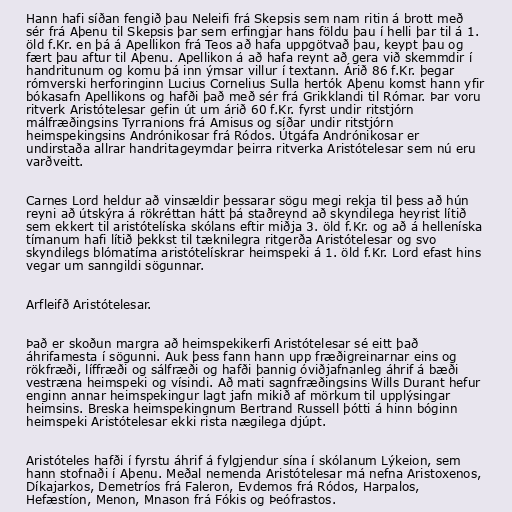
Hann hafi síðan fengið þau Neleifi frá Skepsis sem nam ritin á brott með
sér frá Aþenu til Skepsis þar sem erfingjar hans földu þau í helli þar til á 1.
öld f.Kr. en þá á Apellikon frá Teos að hafa uppgötvað þau, keypt þau og
fært þau aftur til Aþenu. Apellikon á að hafa reynt að gera við skemmdir í
handritunum og komu þá inn ýmsar villur í textann. Árið 86 f.Kr. þegar
rómverski herforinginn Lucius Cornelius Sulla hertók Aþenu komst hann yfir
bókasafn Apellikons og hafði það með sér frá Grikklandi til Rómar. Þar voru
ritverk Aristótelesar gefin út um árið 60 f.Kr. fyrst undir ritstjórn
málfræðingsins Tyrranions frá Amisus og síðar undir ritstjórn
heimspekingsins Andrónikosar frá Ródos. Útgáfa Andrónikosar er
undirstaða allrar handritageymdar þeirra ritverka Aristótelesar sem nú eru
varðveitt.

Carnes Lord heldur að vinsældir þessarar sögu megi rekja til þess að hún
reyni að útskýra á rökréttan hátt þá staðreynd að skyndilega heyrist lítið
sem ekkert til aristótelíska skólans eftir miðja 3. öld f.Kr. og að á helleníska
tímanum hafi lítið þekkst til tæknilegra ritgerða Aristótelesar og svo
skyndilegs blómatíma aristótelískrar heimspeki á 1. öld f.Kr. Lord efast hins
vegar um sanngildi sögunnar.

Arfleifð Aristótelesar.

Það er skoðun margra að heimspekikerfi Aristótelesar sé eitt það
áhrifamesta í sögunni. Auk þess fann hann upp fræðigreinarnar eins og
rökfræði, líffræði og sálfræði og hafði þannig óviðjafnanleg áhrif á bæði
vestræna heimspeki og vísindi. Að mati sagnfræðingsins Wills Durant hefur
enginn annar heimspekingur lagt jafn mikið af mörkum til upplýsingar
heimsins. Breska heimspekingnum Bertrand Russell þótti á hinn bóginn
heimspeki Aristótelesar ekki rista nægilega djúpt.

Aristóteles hafði í fyrstu áhrif á fylgjendur sína í skólanum Lýkeion, sem
hann stofnaði í Aþenu. Meðal nemenda Aristótelesar má nefna Aristoxenos,
Díkajarkos, Demetríos frá Faleron, Evdemos frá Ródos, Harpalos,
Hefæstíon, Menon, Mnason frá Fókis og Þeófrastos.